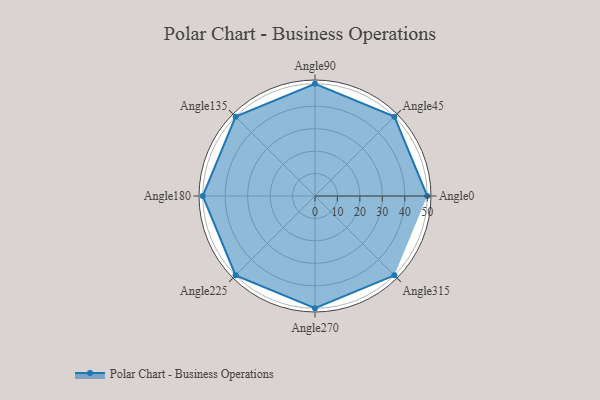
{"axis": {"x": "Angle", "y": "Radius"}, "legend": [""], "data": [{"x": "Angle0", "y": 50, "type": ""}, {"x": "Angle45", "y": 50, "type": ""}, {"x": "Angle90", "y": 50, "type": ""}, {"x": "Angle135", "y": 50, "type": ""}, {"x": "Angle180", "y": 50.0, "type": ""}, {"x": "Angle225", "y": 50, "type": ""}, {"x": "Angle270", "y": 50, "type": ""}, {"x": "Angle315", "y": 50, "type": ""}]}